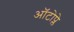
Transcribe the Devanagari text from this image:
ऑटोप्ले